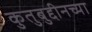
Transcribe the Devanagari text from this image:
कुतुबुद्दीनच्या